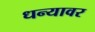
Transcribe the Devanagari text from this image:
धन्यावर